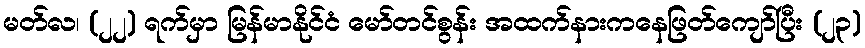
မတ်လ၊ (၂၂) ရက်မှာ မြန်မာနိုင်ငံ မော်တင်စွန်း အထက်နားကနေဖြတ်ကျော်ပြီး (၂၃)